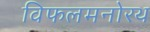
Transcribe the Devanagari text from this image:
विफलमनोरथ